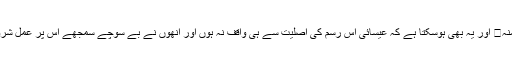
اللّٰھم احفظنا منہ․ اور یہ بھی ہوسکتا ہے کہ عیسائی اس رسم کی اصلیت سے ہی واقف نہ ہوں اور انھوں نے بے سوچے سمجھے اس پر عمل شروع کردیا ہو۔